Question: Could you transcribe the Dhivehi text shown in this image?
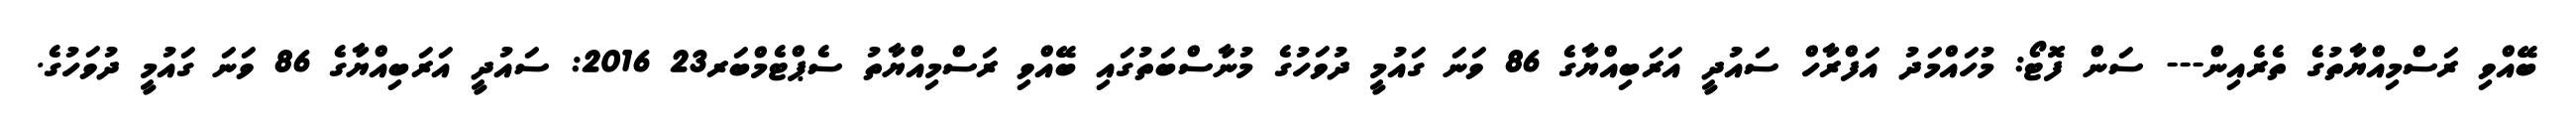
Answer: ބޭއްވި ރަސްމިއްޔާތުގެ ތެރެއިން--- ސަން ފޮޓޯ: މުހައްމަދު އަފްރާހް ސައުދީ އަރަބިއްޔާގެ 86 ވަނަ ގައުމީ ދުވަހުގެ މުނާސްބަތުގައި ބޭއްވި ރަސްމިއްޔާތު ސެޕްޓެމްބަރ23 2016: ސައުދީ އަރަބިއްޔާގެ 86 ވަނަ ގައުމީ ދުވަހުގެ.